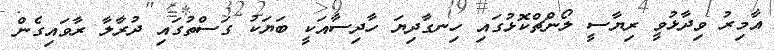
އާމިރު ވިދާޅުވީ ރިޔާސީ ލޯންޗްކޮޅުގައި ހިނގާދިޔަ ހާދިސާއަކީ ބަޔަކު ގަސްތުގައި ދުރާލާ ރާވައިގެން